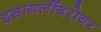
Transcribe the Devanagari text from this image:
इस्रायलींबरोबर